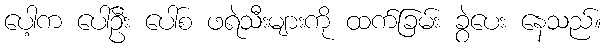
ပေါ့က ပေါ်ဦး ပေါ်စ ဖရဲသီးများကို ထက်ခြမ်း ခွဲပေး နေသည်။